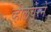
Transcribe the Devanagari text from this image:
व्हीलचेरने